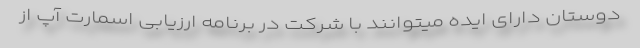
دوستان دارای ایده میتوانند با شرکت در برنامه ارزیابی اسمارت آپ از